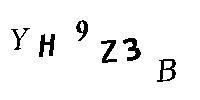
YH9Z3B